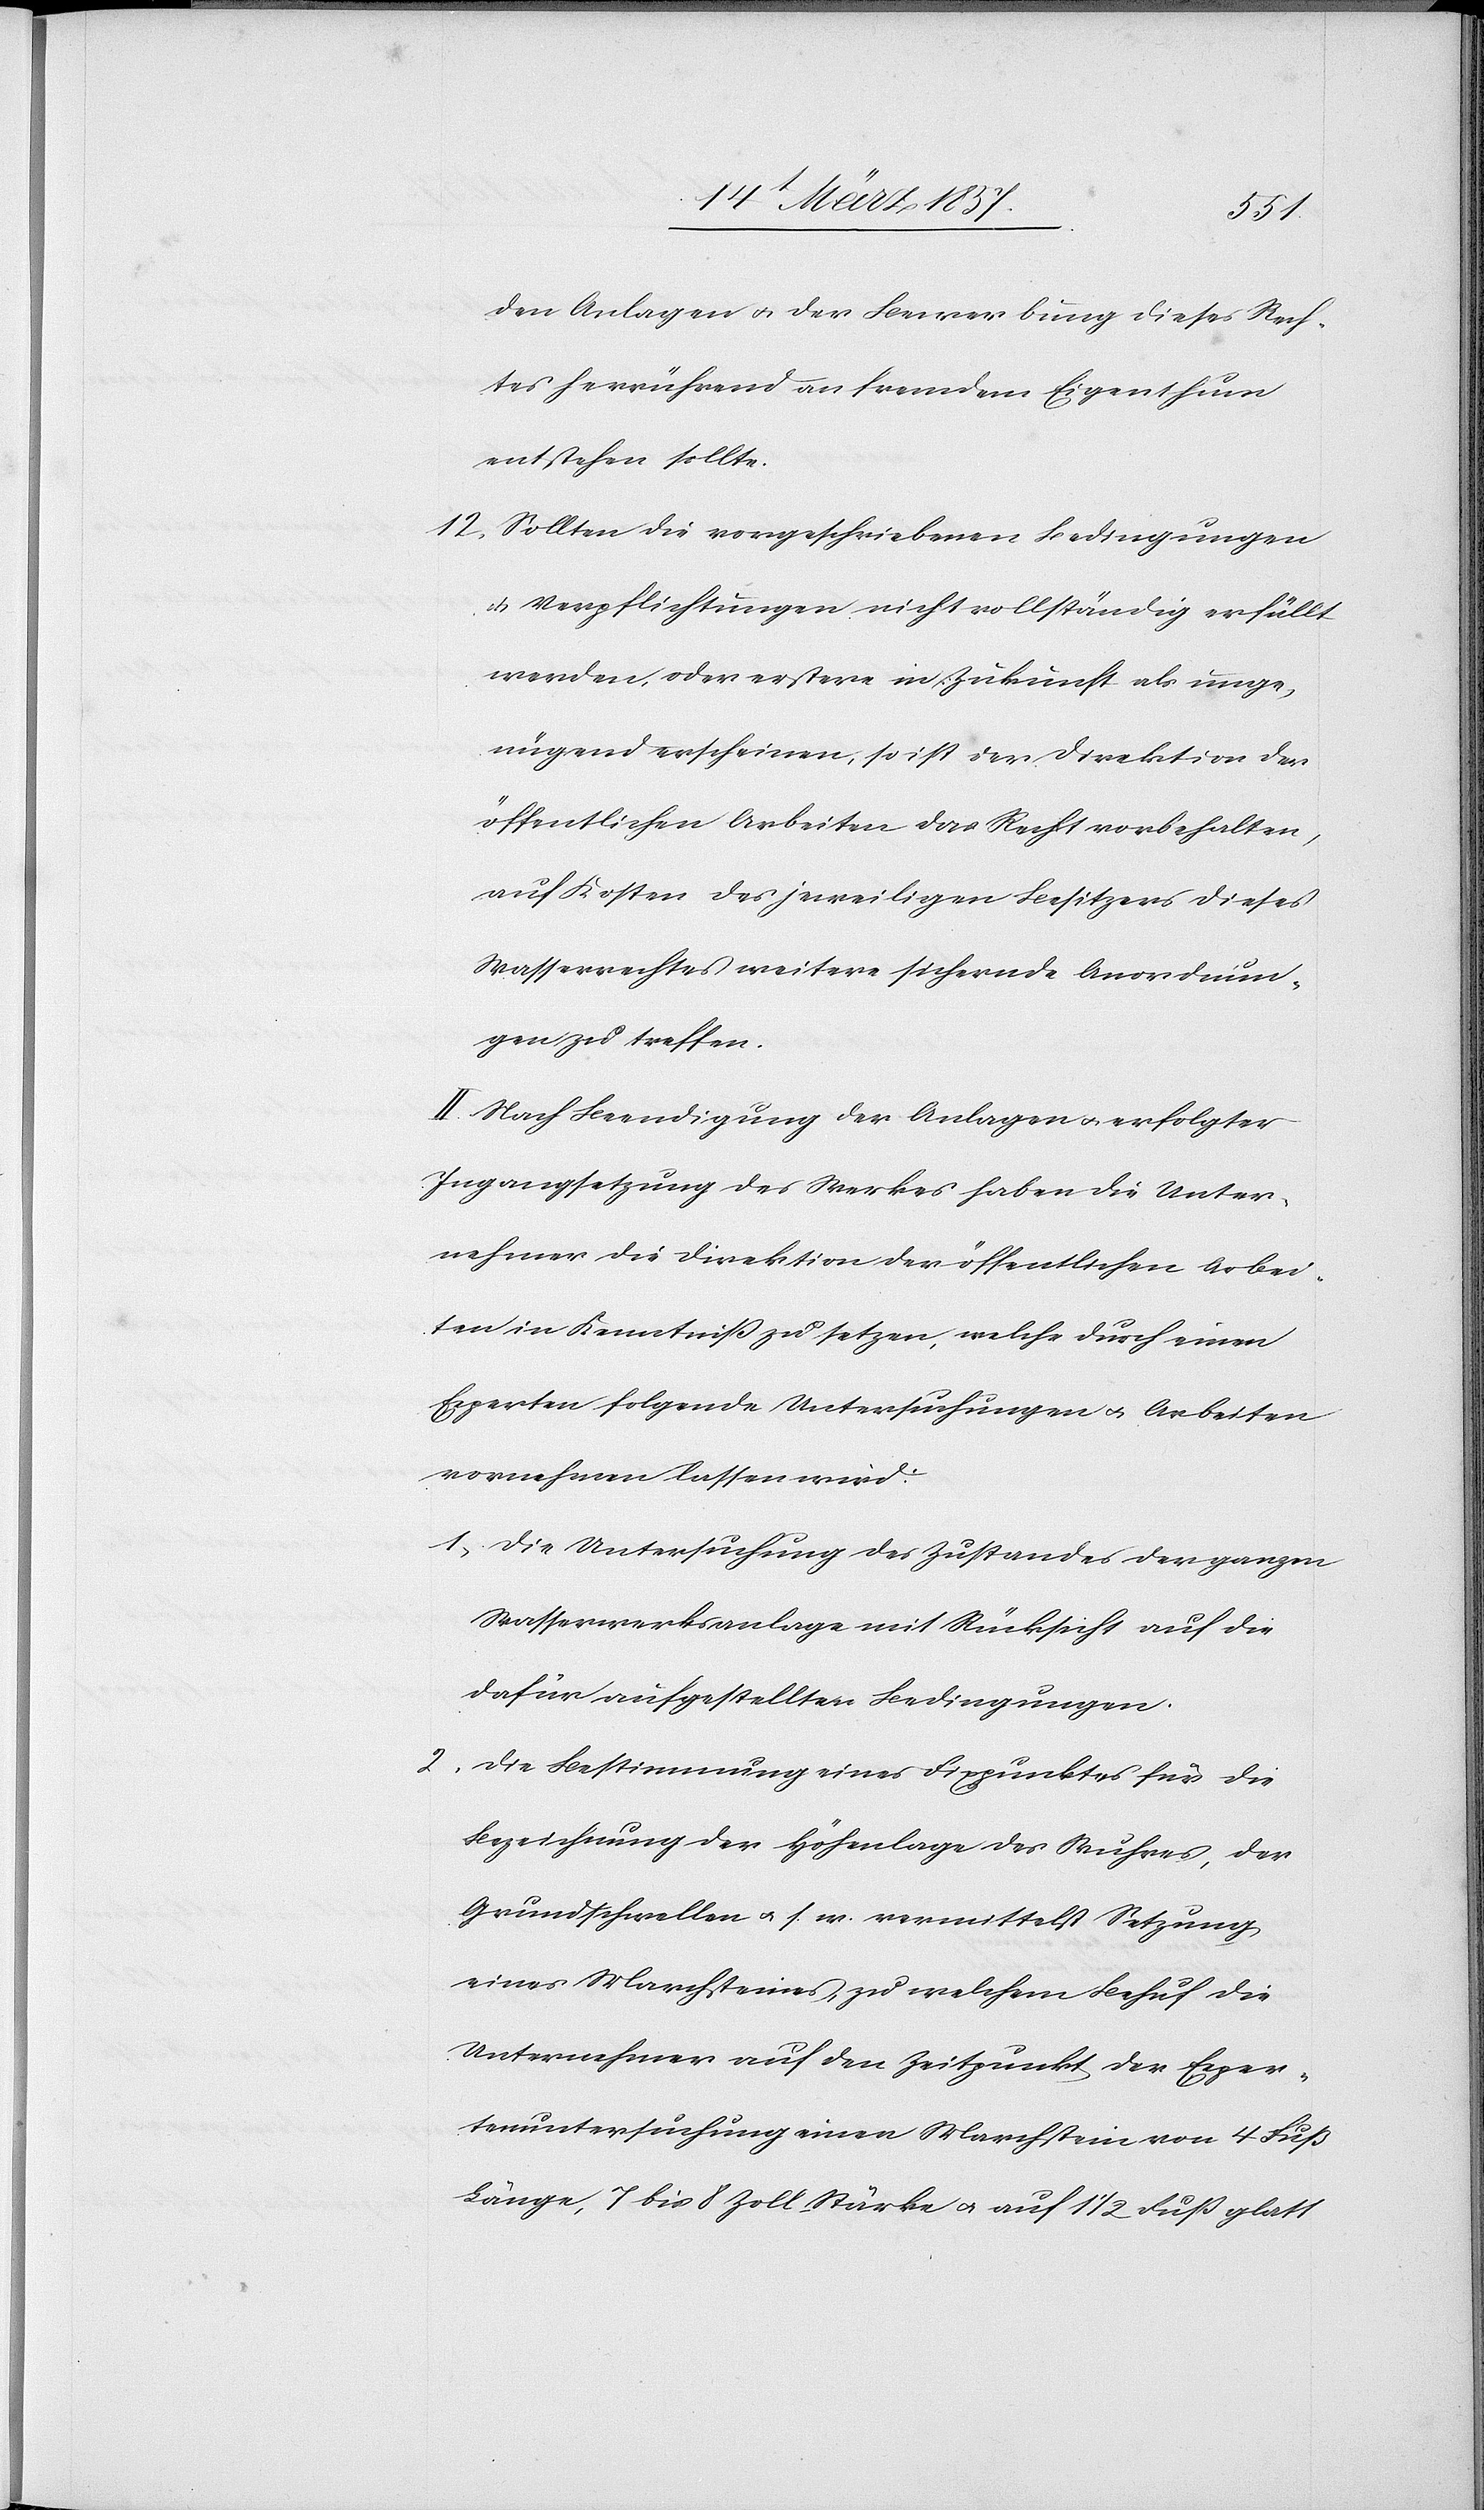
den Anlagen u. der Bewerbung dieses Rech¬
tes herrührend an fremdem Eigenthum
entstehen sollte.
12. Sollten die vorgeschriebenen Bedingungen
u. Verpflichtungen nicht vollständig erfüllt
werden, oder erstere in Zukunft als unge¬
nügend erscheinen, so ist der Direktion der
öffentlichen Arbeiten das Recht vorbehalten,
auf Kosten des jeweiligen Besitzers dieses
Wasserrechtes weitere sichernde Anordnun¬
gen zu treffen.
II. Nach Beendigung der Anlagen u. erfolgter
Ingangsetzung des Werkes haben die Unter¬
nehmer die Direktion der öffentlichen Arbei¬
ten in Kenntniß zu setzen, welche durch einen
Experten folgende Untersuchungen u. Arbeiten
vornehmen lassen wird.
1. Die Untersuchung des Zustandes der ganzen
Wasserwerksanlage mit Rücksicht auf die
dafür aufgestellten Bedingungen.
2. Die Bestimmung eines Fixpunktes für die
Bezeichnung der Höhenlage des Wuhres, der
Grundschwellen u. s. w. vermittelst Setzung
eines Marchsteines, zu welchem Behuf die
Unternehmer auf den Zeitpunkt der Exper¬
tenuntersuchung einen Marchstein von 4 Fuß
Länge, 7 bis 8 Zoll Stärke u. auf 1 ½ Fuß glatt